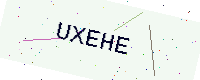
Text: UXEHE